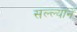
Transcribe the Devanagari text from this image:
सल्ल्यानें